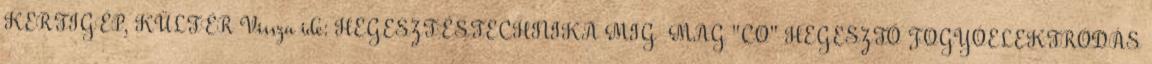
KERTIGÉP, KÜLTÉR Vissza ide: HEGESZTÉSTECHNIKA MIG MAG "CO" HEGESZTŐ FOGYÓELEKTRÓDÁS